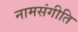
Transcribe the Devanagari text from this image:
नामसंगीति